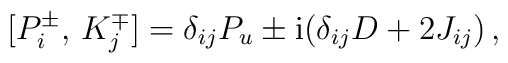
{} [P_i^\pm,\, K_j^\mp]=\delta_{ij}P_u\pm{\rm i}(\delta_{ij}D+2J_{ij})\,,